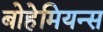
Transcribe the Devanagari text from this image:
बोहेमियन्स